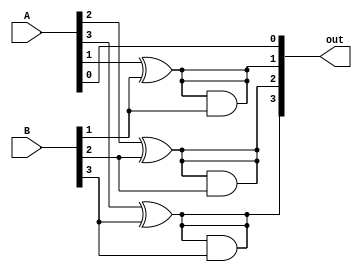
module subtractor (
  input [3:0] A,
  input [3:0] B,
  output [3:0] out
);

wire [4:0] diff;
xor #5 gate1 (diff[0], A[0], B[0]);
xor #5 gate2 (diff[1], A[1], B[1]);
xor #5 gate3 (diff[2], A[2], B[2]);
xor #5 gate4 (diff[3], A[3], B[3]);
xor #5 gate5 (diff[4], 1'b0, B[0]);

wire cin;
and #5 gate6 (cin, diff[0], B[0]);
and #5 gate7 (diff[1], diff[1], B[1]);
and #5 gate8 (diff[2], diff[2], B[2]);
and #5 gate9 (diff[3], diff[3], B[3]);
and #5 gate10 (diff[4], 1'b0, B[0]);

wire [3:0] borrow;
not #5 gate11 (borrow[0], cin);
not #5 gate12 (borrow[1], diff[0]);
not #5 gate13 (borrow[2], diff[1]);
not #5 gate14 (borrow[3], diff[2]);

assign out = diff;

endmodule